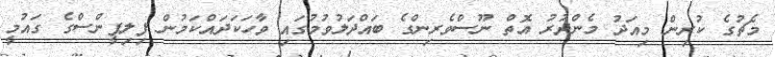
މެޗުގެ ކުރިން މިއަދު މެންދުރު އޮތް ނޫސްވެރިންގެ ބައްދަލުވުމުގައި ވާހަކަދައްކަމުން ފިލިޕީންސްގެ ގައުމީ